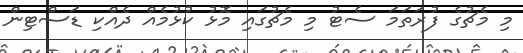
މި މެޗުގެ ފުރަތަމަ ސެޓު މި މެޗުގައި މޮޅު ކުޅުމެއް ދެއްކި ޑަސްޓިން